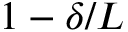
1 - \delta / L